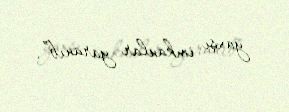
yaxşı imkanlar yaranıb”.